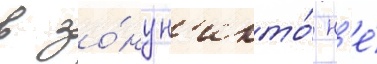
в зо́ну н'икто́ н'е́